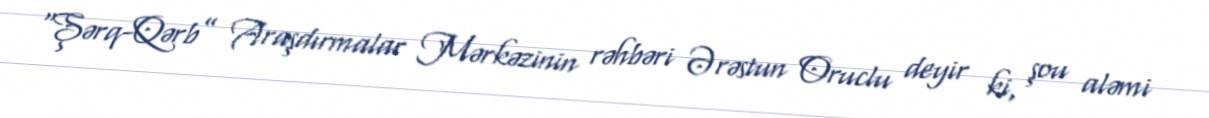
“Şərq-Qərb” Araşdırmalar Mərkəzinin rəhbəri Ərəstun Oruclu deyir ki, şou aləmi